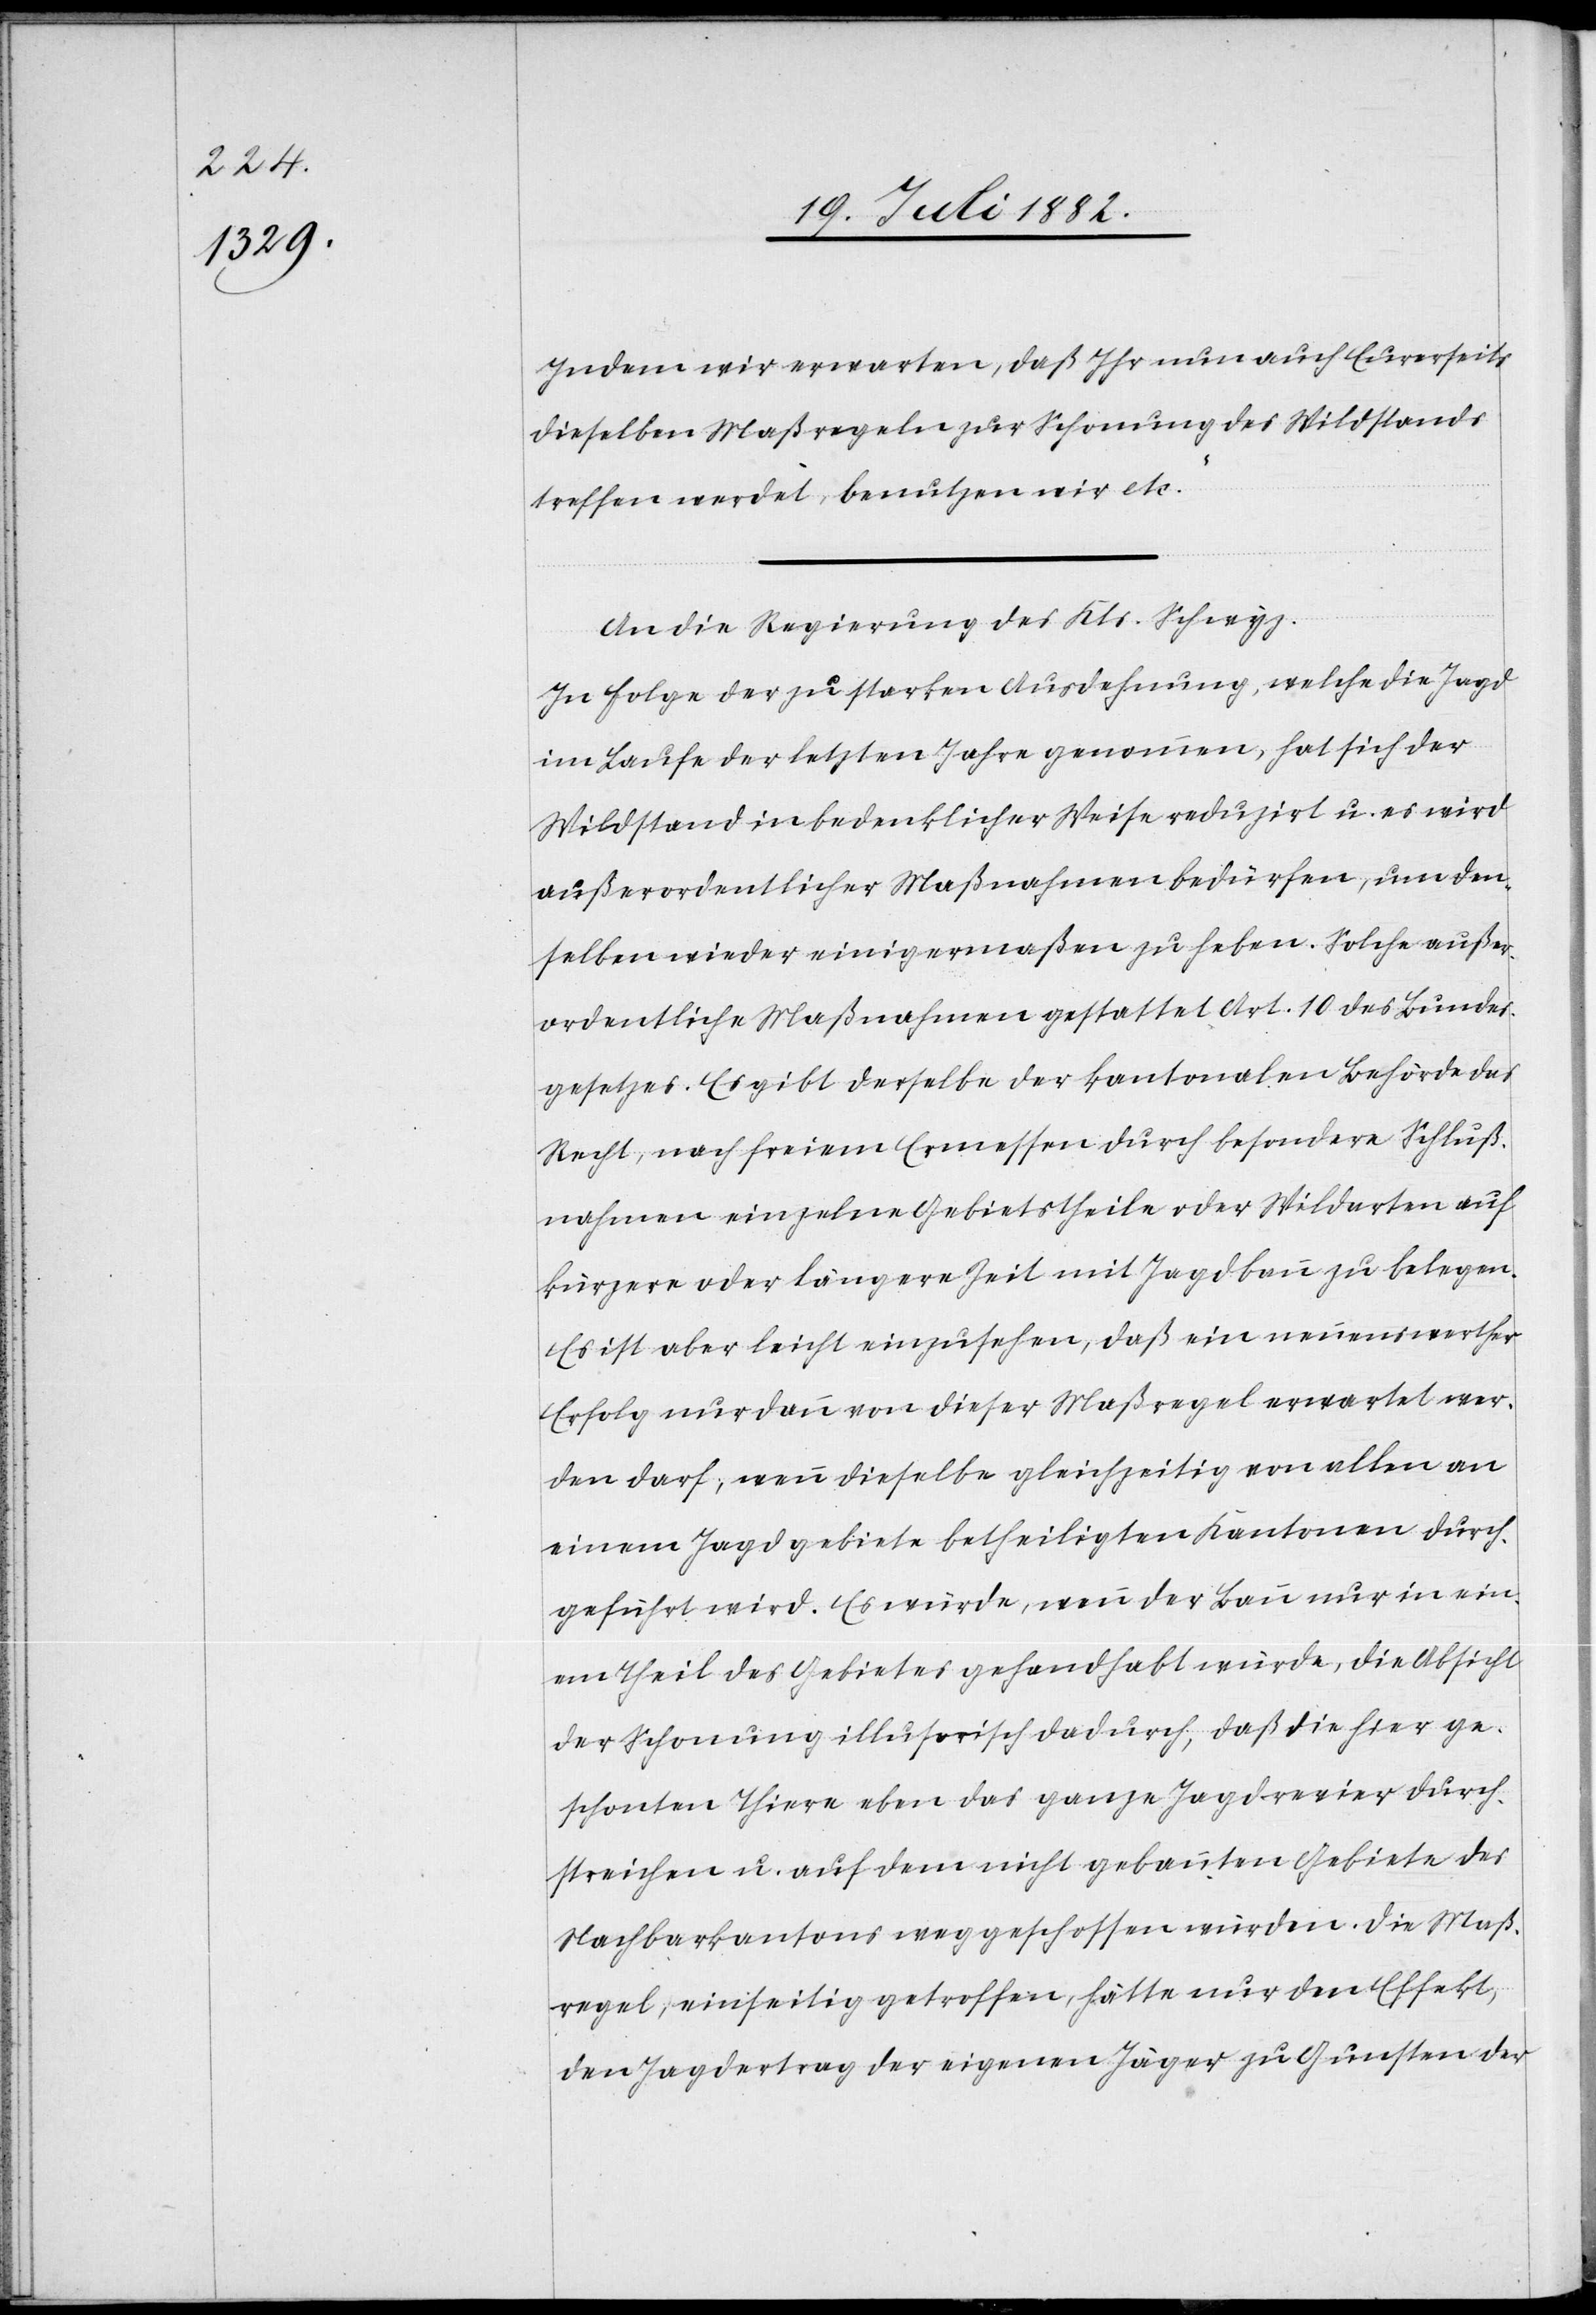
Indem wir erwarten, daß Ihr nun auch Eurerseits
dieselben Maßregeln zur Schonung des Wildstandes
treffen werdet, benutzen wir etc.“
An die Regierung des Kts. Schwyz.
In Folge der zu starken Ausdehnung, welche die Jagd
im Laufe der letzten Jahre genommen, hat sich der
Wildstand in bedenklicher Weise reduzirt u. es wird
außerordentlicher Maßnahmen bedürfen, um den¬
selben wieder einigermaßen zu heben. Solche außer¬
ordentliche Maßnahmen gestattet Art. 10 des Bundes¬
gesetzes. Es gibt derselbe der kantonalen Behörde das
Recht, nach freiem Ermessen durch besondere Schluß¬
nahmen einzelne Gebietstheile oder Wildarten auf
kürzere oder längere Zeit mit Jagdbann zu belegen.
Es ist aber leicht einzusehen, daß ein nennenswerther
Erfolg nur dann von dieser Maßregel erwartet wer¬
den darf, wenn dieselbe gleichzeitig von allen an
einem Jagdgebiete betheiligten Kantonen durch¬
geführt wird. Es würde, wenn der Bann nur in ein¬
em Theil des Gebietes gehandhabt würde, die Absicht
der Schonung illusorisch dadurch, daß die hier ge¬
schonten Thiere eben das ganze Jagdrevier durch¬
streichen u. auf dem nicht gebannten Gebiete des
Nachbarkantons weggeschossen würden. Die Maß¬
regel, einseitig getroffen, hätte nur den Effekt,
den Jagdertrag der eigenen Jäger zu Gunsten der